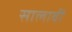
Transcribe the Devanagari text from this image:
सालावीं